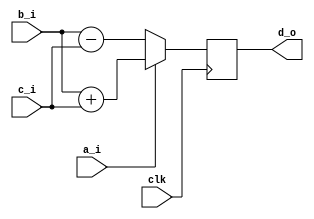
module test(
input wire clk,
input wire a_i,
input wire b_i,
input wire c_i,
output reg d_o 
);

always @(posedge clk)
begin
    if(a_i)
        d_o = b_i+c_i;
    else
        d_o = b_i-c_i;

     $display("test");
end

endmodule